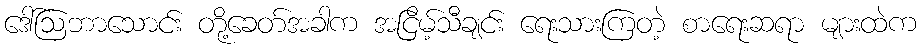
ဒေါ်ဩဘာသောင်း တို့ခေတ်အခါက အငြိမ့်သီချင်း ရေးသားကြတဲ့ စာရေးဆရာ များထဲက